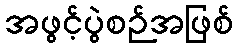
အဖွင့်ပွဲစဉ်အဖြစ်